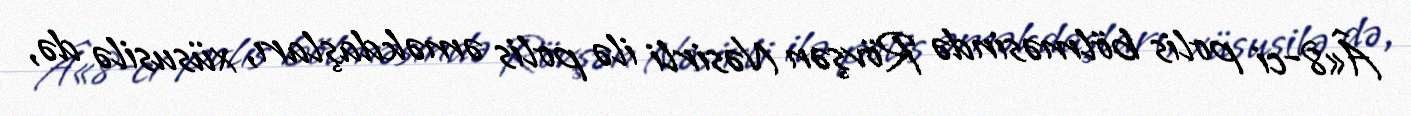
Â«8-ci polis bölməsində Rövşən Nəsirli ilə polis əməkdaşları, xüsusilə də,